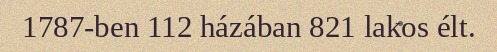
1787-ben 112 házában 821 lakos élt.